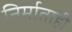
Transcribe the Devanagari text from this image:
निर्माताही